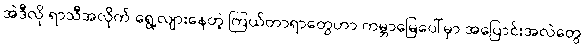
အဲဒီလို ရာသီအလိုက် ရွေ့လျားနေတဲ့ ကြယ်တာရာတွေဟာ ကမ္ဘာမြေပေါ်မှာ အပြောင်းအလဲတွေ